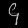
Digit: ၄